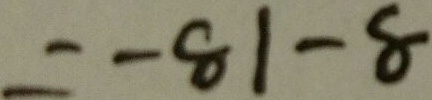
= - 8 1 - 8